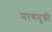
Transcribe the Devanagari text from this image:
मरणमुक्ती